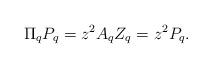
LaTeX: \begin{align*}\Pi_q P_q=z^2A_qZ_q=z^2P_q.\end{align*}